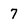
Character: 7